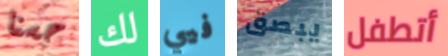
حسنا لك فيي يبصق أتطفل